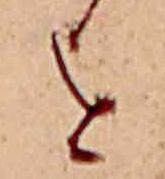
を